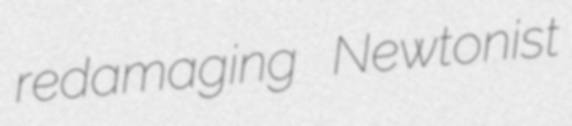
redamaging Newtonist